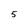
Character: 5